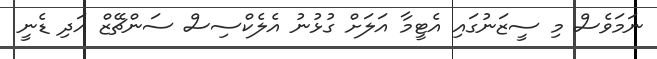
ނަމަވެސް މި ސީޒަނުގައި އެޓީމާ އަލަށް ގުޅުނު އެލެކްސިސް ސަންޗޭޒް އަދި ޑެނީ